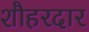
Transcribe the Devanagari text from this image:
शौहरदार